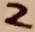
Text: 2